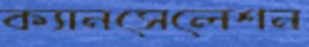
ক্যানসেলেশন